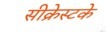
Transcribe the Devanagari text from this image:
सीक्रेस्टके